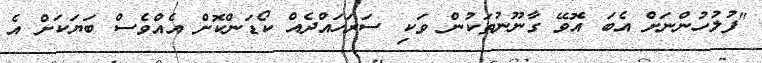
"ފުލުހުންނަށް އެބަ އޮވޭ ގާނޫނުތަކުން ވަކި ސަރަހައްދެއް ކޯޑަންކޮށް އެއްވެސް ބަޔަކަށް އެ